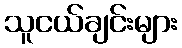
သူငယ်ချင်းများ